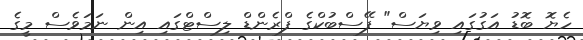
ހެޔޮ ބޮޑު އަގުގައި ވިޔަސް" ފޭސްބުކްގެ ފްރެންޑް ލިސްޓްގައި އިން ނަމަވެސް މީގެ